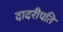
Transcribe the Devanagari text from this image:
दादरीपति